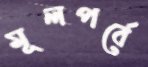
মূলপর্বে